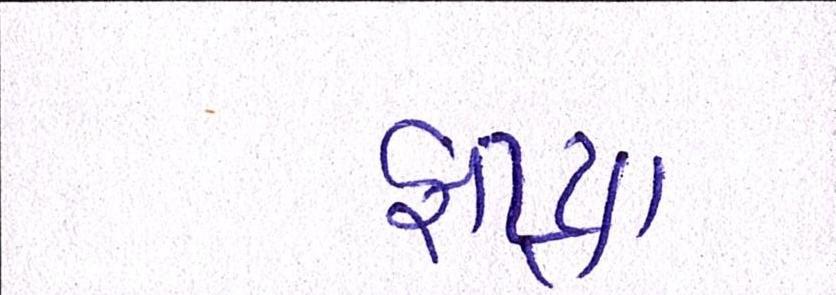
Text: ફાટ્યા